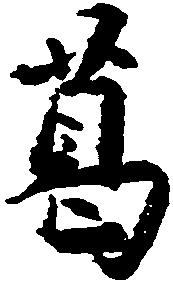
葛